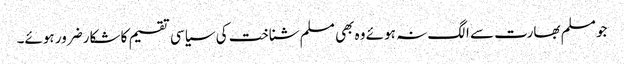
جو مسلم بھارت سے الگ نہ ہوئے وہ بھی مسلم شناخت کی سیاسی تقسیم کا شکارضرور ہوئے۔